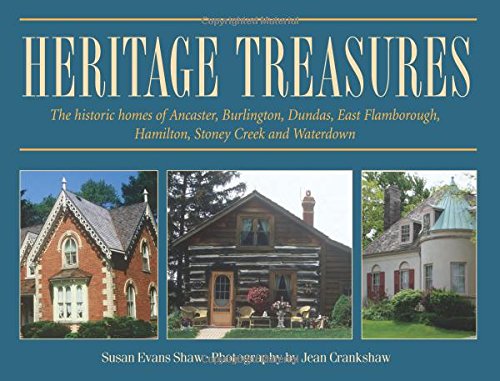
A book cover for Heritage Treasures: The historic homes of Ancaster, Burlington, Dundas, East Flamborough, Hamilton, Stoney Creek and Waterdown (Lorimer Illustrated History); Susan Evans Shaw; Crafts, Hobbies & Home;